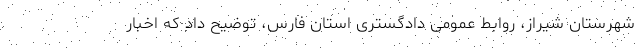
شهرستان شیراز، روابط عمومی دادگستری استان فارس، توضیح داد که اخبار